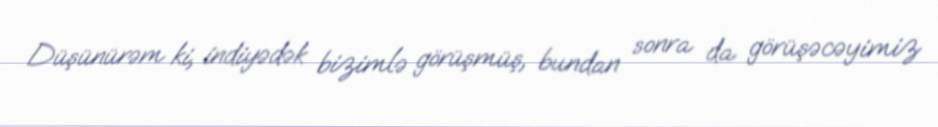
Düşünürəm ki, indiyədək bizimlə görüşmüş, bundan sonra da görüşəcəyimiz